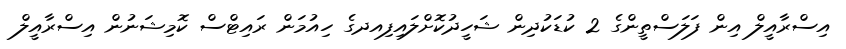
އިސްރާއީލް އިން ފަލަސްތީންގެ 2 ކުޑަކުދިން ޝަހީދުކޮށްލައިފިއދގެ ހިއުމަން ރައިޓްސް ކޮމިޝަނުން އިސްރާއީލް